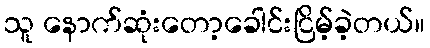
သူ နောက်ဆုံးတော့ခေါင်းငြိမ့်ခဲ့တယ်။